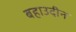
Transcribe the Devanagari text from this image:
बहाउदीन